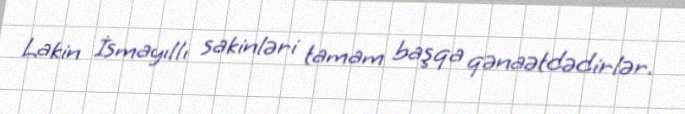
Lakin İsmayıllı sakinləri tamam başqa qənaətdədirlər.